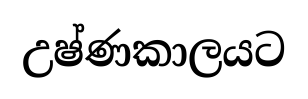
උෂ්ණකාලයට